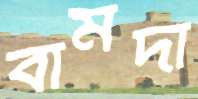
বামদা